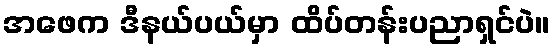
အဖေက ဒီနယ်ပယ်မှာ ထိပ်တန်းပညာရှင်ပဲ။